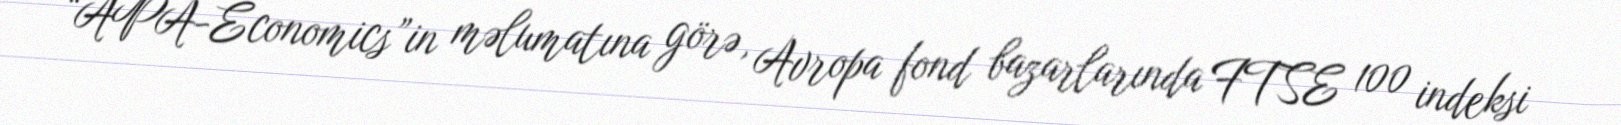
“APA-Economics”in məlumatına görə, Avropa fond bazarlarında FTSE 100 indeksi